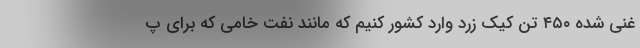
غنی شده ۴۵۰ تن کیک زرد وارد کشور کنیم که مانند نفت خامی که برای پ